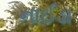
નાઈડા